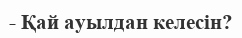
- Қай ауылдан келесін?